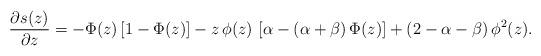
LaTeX: \begin{align*}\frac{\partial s(z)}{\partial z}=-\Phi(z)\,[1-\Phi(z)]- z\,\phi(z)\,\left[\alpha-(\alpha+\beta)\,\Phi(z)\right]+(2-\alpha-\beta)\,\phi^2(z).\end{align*}